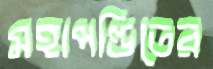
মহাপণ্ডিতের